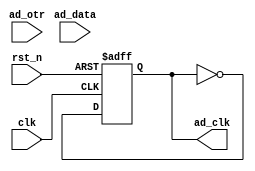
//****************************************Copyright (c)***********************************//
//www.openedv.com
//http://openedv.taobao.com
//""FPGA & STM32
//
//Copyright(C)  2018-2028
//All rights reserved
//----------------------------------------------------------------------------------------
// File name:           ad_wave_rec
// Last modified Date:  2018/3/14 17:04:35
// Last Version:        V1.0
// Descriptions:        
//----------------------------------------------------------------------------------------
// Created by:          
// Created date:        2018/3/14 17:04:35
// Version:             V1.0
// Descriptions:        The original version
//
//----------------------------------------------------------------------------------------
//****************************************************************************************//

module ad_wave_rec(
    input                 clk         ,  //
    input                 rst_n       ,  //
    
    input         [7:0]   ad_data     ,  //AD
    //()
    input                 ad_otr      ,  //0: 1:
    output   reg          ad_clk         //AD(AD9280),32Mhz
    );

//*****************************************************
//**                    main code 
//*****************************************************

//(2,25Mhz),AD
always @(posedge clk or negedge rst_n) begin
    if(rst_n == 1'b0)
        ad_clk <= 1'b0;
    else 
        ad_clk <= ~ad_clk; 
end    

endmodule